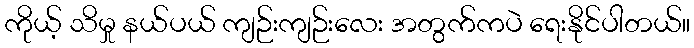
ကိုယ့် သိမှု နယ်ပယ် ကျဉ်းကျဉ်းလေး အတွက်ကပဲ ရေးနိုင်ပါတယ်။